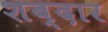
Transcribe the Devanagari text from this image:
शब्दार